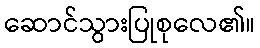
ဆောင်သွားပြုစုလေ၏။